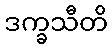
ဒက္ခသီတိ